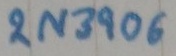
Text: 2N3906